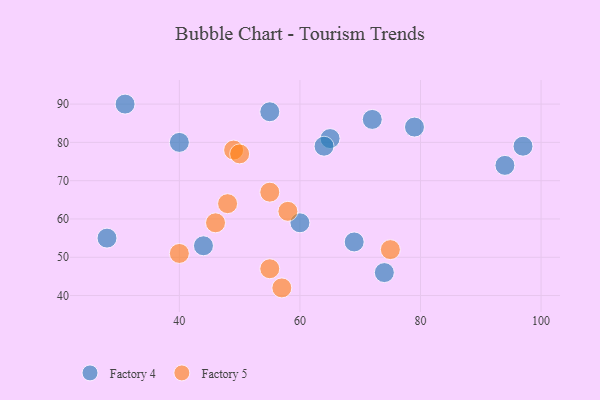
{"axis": {"x": "GDP", "y": "Life Expectancy"}, "legend": ["Factory 4", "Factory 5"], "data": [{"x": "55", "y": 88, "type": "Factory 4"}, {"x": "40", "y": 80, "type": "Factory 4"}, {"x": "69", "y": 54, "type": "Factory 4"}, {"x": "31", "y": 90, "type": "Factory 4"}, {"x": "44", "y": 53, "type": "Factory 4"}, {"x": "28", "y": 55, "type": "Factory 4"}, {"x": "60", "y": 59, "type": "Factory 4"}, {"x": "74", "y": 46, "type": "Factory 4"}, {"x": "65", "y": 81, "type": "Factory 4"}, {"x": "97", "y": 79, "type": "Factory 4"}, {"x": "64", "y": 79, "type": "Factory 4"}, {"x": "94", "y": 74, "type": "Factory 4"}, {"x": "79", "y": 84, "type": "Factory 4"}, {"x": "72", "y": 86, "type": "Factory 4"}, {"x": "46", "y": 59, "type": "Factory 5"}, {"x": "58", "y": 62, "type": "Factory 5"}, {"x": "49", "y": 78, "type": "Factory 5"}, {"x": "50", "y": 77, "type": "Factory 5"}, {"x": "48", "y": 64, "type": "Factory 5"}, {"x": "75", "y": 52, "type": "Factory 5"}, {"x": "40", "y": 51, "type": "Factory 5"}, {"x": "57", "y": 42, "type": "Factory 5"}, {"x": "55", "y": 67, "type": "Factory 5"}, {"x": "55", "y": 47, "type": "Factory 5"}]}